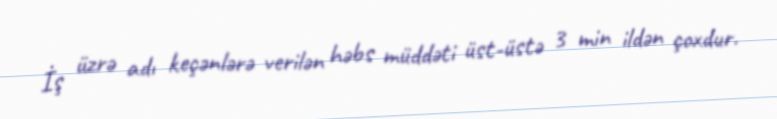
İş üzrə adı keçənlərə verilən həbs müddəti üst-üstə 3 min ildən çoxdur.